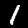
Label: 1